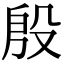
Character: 殷